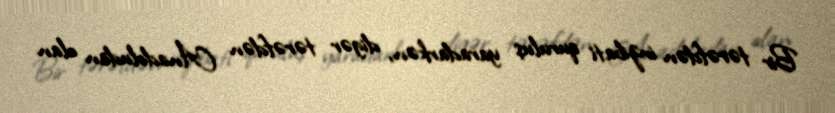
Bir tərəfdən inzibati quruluş yaradarkən, digər tərəfdən Anadoludan olan